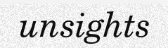
unsights